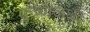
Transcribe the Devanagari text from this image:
कृष्णजंधा